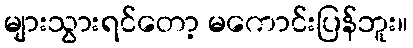
များသွားရင်တော့ မကောင်းပြန်ဘူး။